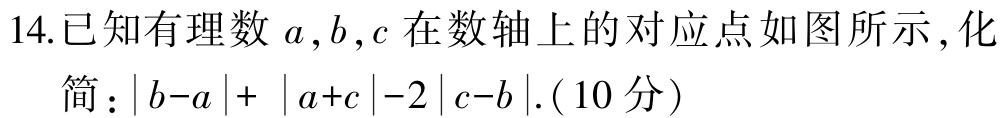
14.已知有理数\(a,b,c\)在数轴上的对应点如图所示，化简：\(\vert b - a\vert+\vert a + c\vert - 2\vert c - b\vert\).（10分）